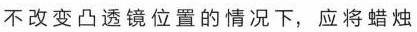
不改变凸透镜位置的情况下，应将蜡烛